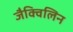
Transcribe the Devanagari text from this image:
जैक्विलिन